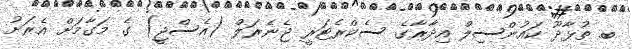
ބ. ތުޅާދޫ ކައުންސިލް އިދާރާގެ ސެކްރެޓަރީ ޖެނެރަލް (އެސްޖީ) ގެ މަގާމަށް އެރަށު